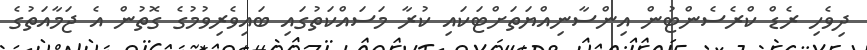
ދިވެހި ރެޑް ކްރެސެންޓުން އިންސާނިއްޔަތަށްޓަކައި ކުރާ މަސައްކަތުގައި ބައިވެރިވުމުގެ ގޮތުން އެ ޖަމާއަތުގެ